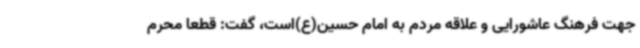
جهت فرهنگ عاشورایی و علاقه مردم به امام حسین(ع)است، گفت: قطعا محرم